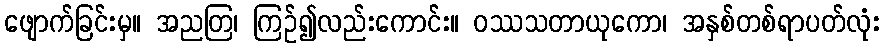
ဖျောက်ခြင်းမှ။ အညတြ၊ ကြဉ်၍လည်းကောင်း။ ဝဿသတာယုကော၊ အနှစ်တစ်ရာပတ်လုံး